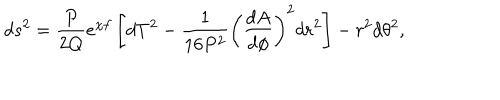
d s ^ { 2 } = \frac { P } { 2 Q } e ^ { \chi f } \left[ d T ^ { 2 } - \frac { 1 } { 1 6 P ^ { 2 } } \left( \frac { d A } { d \phi } \right) ^ { 2 } d r ^ { 2 } \right] - r ^ { 2 } d \theta ^ { 2 } ,